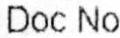
DOC NO.